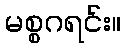
မစ္စဂရင်း။